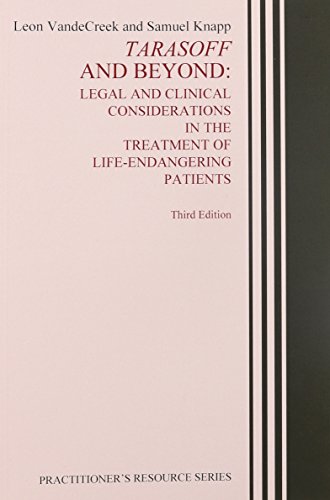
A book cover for Tarasoff and Beyond: Legal and Clinical Considerations in the Treatment of Life-Endangering Patients (Practitioner's Resource Series); Leon VandeCreek; Law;